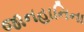
જાનહાનિના